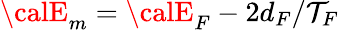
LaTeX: {\calE}_{m}={\calE}_{F}-2d_{F}/\mathcal{T}_{F}